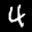
Label: 4